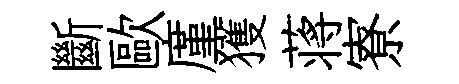
斷歐廑獲蒋寮